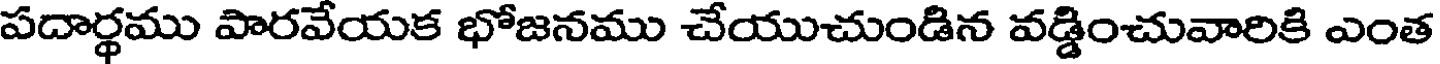
పదార్థము పారవేయక భోజనము చేయుచుండిన వడ్డించువారికి ఎంత